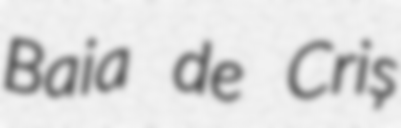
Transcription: Baia de Criș